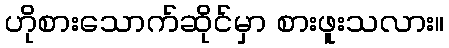
ဟိုစားသောက်ဆိုင်မှာ စားဖူးသလား။